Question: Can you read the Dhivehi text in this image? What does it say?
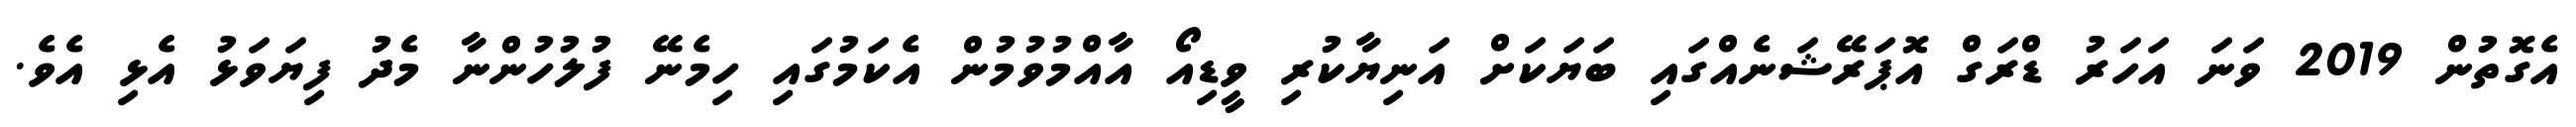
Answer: އެގޮތުން 2019 ވަނަ އަހަރު ޑްރަގް އޮޕަރޭޝަނެއްގައި ބަޔަކަށް އަނިޔާކުރި ވީޑިއޯ އާއްމުވުމުން އެކަމުގައި ހިމެނޭ ފުލުހުންނާ މެދު ފިޔަވަޅު އެޅި އެވެ.